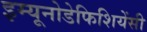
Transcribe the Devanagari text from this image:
इम्यूनोडेफिशियेंसी